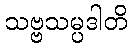
သဗ္ဗသမ္ပဒါတိ